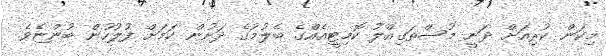
މިކަން ކުރިއަށް ދަނީ މުސްތަގިއްލު ކޮމިޓީއެއްގެ ބެލުމުގެ ދަށުން ކަމަށް ފުލުހުން ބުންޏެވެ.